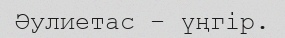
Әулиетас – үңгір.